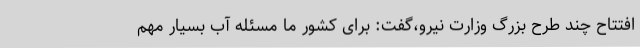
افتتاح چند طرح بزرگ وزارت نیرو،گفت: برای کشور ما مسئله آب بسیار مهم